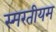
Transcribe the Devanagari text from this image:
स्मरतीयम